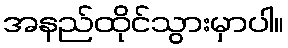
အနည်ထိုင်သွားမှာပါ။